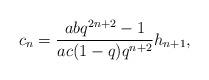
LaTeX: \begin{align*}c_n=\frac{abq^{2n+2}-1}{ac(1-q)q^{n+2}}h_{n+1},\end{align*}